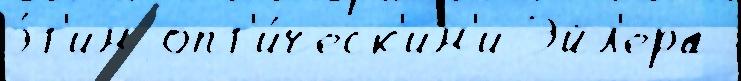
э́т'им опт'и́ческ'им'и Эйл'ера